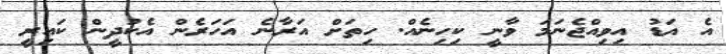
އެ އަޑު އިވިއްޖެނަމަ ވާނީ ކިހިނެއް. ހިތަށް އަރާނެ އަހަރެން އެކުދީން ކައިރީ